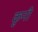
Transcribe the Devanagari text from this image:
कुनी